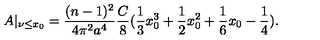
A | _ { \nu \leq x _ { 0 } } = \frac { ( n - 1 ) ^ { 2 } } { 4 \pi ^ { 2 } a ^ { 4 } } \frac { C } { 8 } ( \frac { 1 } { 3 } x _ { 0 } ^ { 3 } + \frac { 1 } { 2 } x _ { 0 } ^ { 2 } + \frac { 1 } { 6 } x _ { 0 } - \frac { 1 } { 4 } ) .